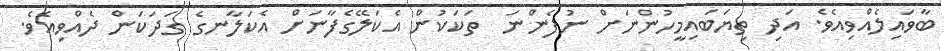
ބާވައިލެއްވިއެވެ. އަދި ތިޔަބައިމީހުންނަށް ނުފެންނަ  ތަކަކުން އެކަލޭގެފާނަށް އެކަލާނގެ ގަދަކަން ދެއްވިއެވެ.